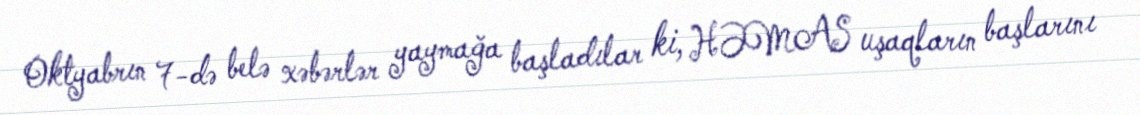
Oktyabrın 7-də belə xəbərlər yaymağa başladılar ki, HƏMAS uşaqların başlarını